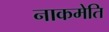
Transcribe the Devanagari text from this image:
नाकमेति